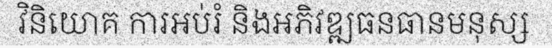
វិនិយោគ ការអប់រំ និងអភិវឌ្ឍធនធានមនុស្ស